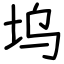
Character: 坞